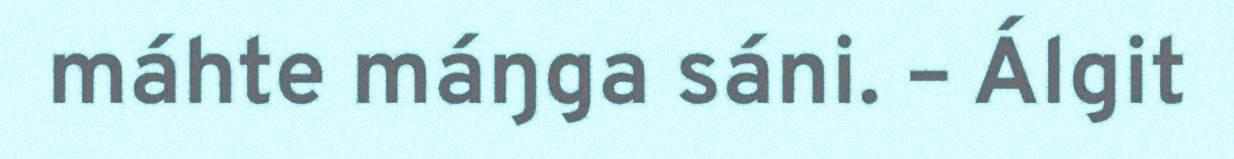
máhte máŋga sáni. – Álgit